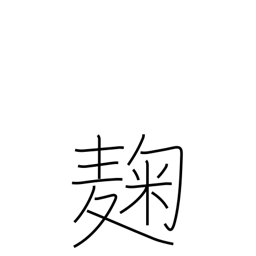
Meaning: yeast